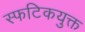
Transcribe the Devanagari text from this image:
स्फटिकयुक्त